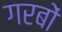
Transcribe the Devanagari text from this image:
गरबों